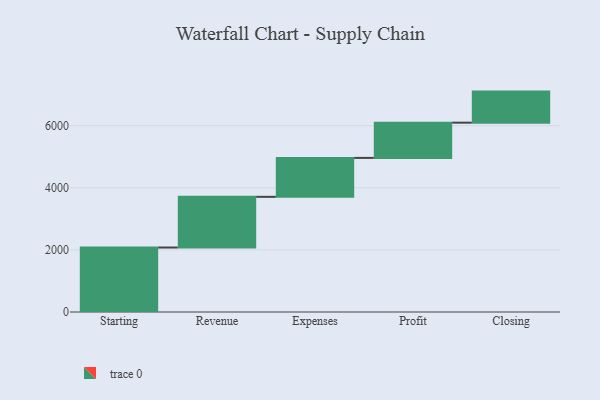
{"axis": {"x": "Step", "y": "Value"}, "legend": [""], "data": [{"x": "Starting", "y": 2076.0, "type": ""}, {"x": "Revenue", "y": 1633.0, "type": ""}, {"x": "Expenses", "y": 1253.0, "type": ""}, {"x": "Profit", "y": 1135.0, "type": ""}, {"x": "Closing", "y": 1000, "type": ""}]}